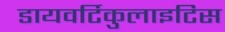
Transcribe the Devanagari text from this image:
डायवर्टिकुलाइटिस